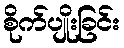
စိုက်ပျိုးခြင်း